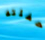
حفلته